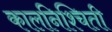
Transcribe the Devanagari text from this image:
कालनिश्चिती